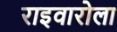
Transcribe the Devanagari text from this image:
राइवारोला